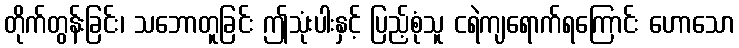
တိုက်တွန်းခြင်း၊ သဘောတူခြင်း ဤသုံးပါးနှင့် ပြည့်စုံသူ ငရဲကျရောက်ရကြောင်း ဟောသော